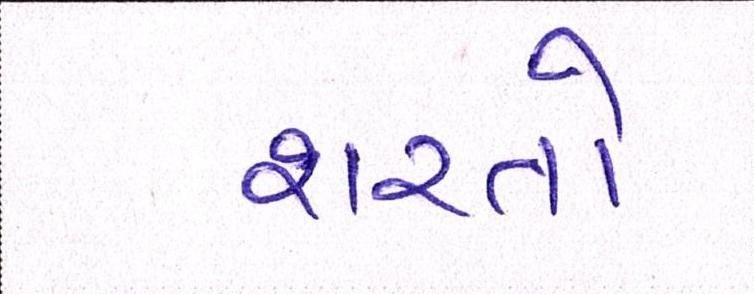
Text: શરતો